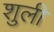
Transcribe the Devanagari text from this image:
शुली